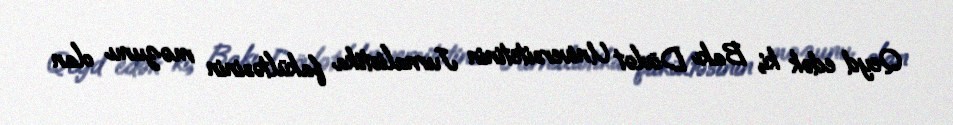
Qeyd edək ki, Bakı Dövlət Universitetinin Jurnalistika fakültəsinin məzunu olan